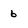
Character: 6